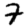
Digit: 7